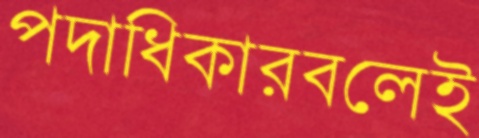
পদাধিকারবলেই